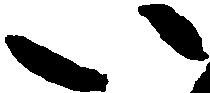
い